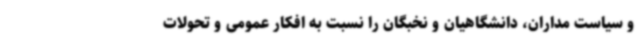
و سیاست مداران، دانشگاهیان و نخبگان را نسبت به افکار عمومی و تحولات